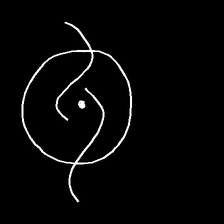
Glyph: repetition